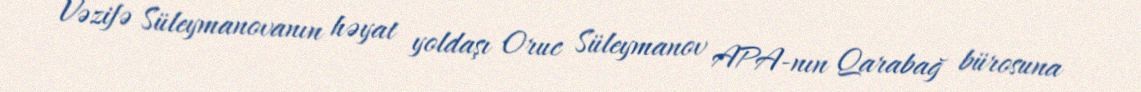
Vəzifə Süleymanovanın həyat yoldaşı Oruc Süleymanov APA-nın Qarabağ bürosuna